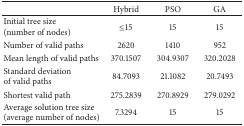
<table><thead><tr><td><b> </b></td><td><b>Hybrid</b></td><td><b>PSO</b></td><td><b>GA</b></td></tr></thead><tbody><tr><td>Initial tree size (number of nodes)</td><td>≤15</td><td>15</td><td>15</td></tr><tr><td>Number of valid paths</td><td>2620</td><td>1410</td><td>952</td></tr><tr><td>Mean length of valid paths</td><td>370.1507</td><td>304.9307</td><td>320.2028</td></tr><tr><td>Standard deviation of valid paths</td><td>84.7093</td><td>21.1082</td><td>20.7493</td></tr><tr><td>Shortest valid path</td><td>275.2839</td><td>270.8929</td><td>279.0292</td></tr><tr><td>Average solution tree size (average number of nodes)</td><td>7.3294</td><td>15</td><td>15</td></tr></tbody></table>